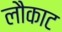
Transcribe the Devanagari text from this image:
लौकाट